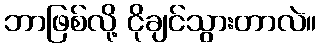
ဘာဖြစ်လို့ ငိုချင်သွားတာလဲ။